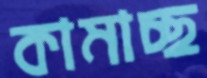
কামাচ্ছ